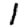
Digit: 1